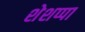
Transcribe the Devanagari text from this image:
शेशप्पा